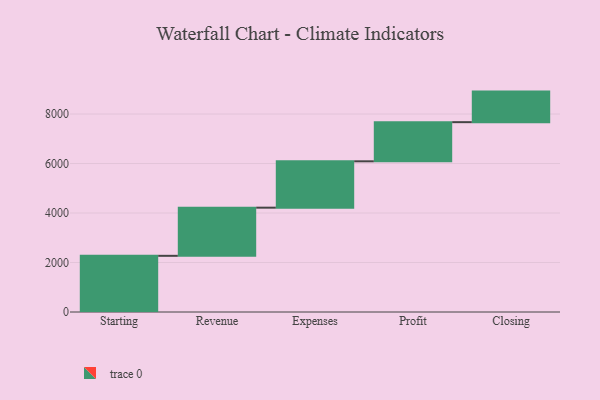
{"axis": {"x": "Step", "y": "Value"}, "legend": [""], "data": [{"x": "Starting", "y": 2270.0, "type": ""}, {"x": "Revenue", "y": 1946.0, "type": ""}, {"x": "Expenses", "y": 1873.0, "type": ""}, {"x": "Profit", "y": 1582.0, "type": ""}, {"x": "Closing", "y": 1235.0, "type": ""}]}